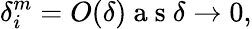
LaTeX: \delta_{i}^{m}=O(\delta)\mathrm{~a~s~}\delta\rightarrow 0,